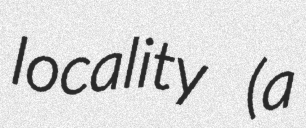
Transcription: locality (a